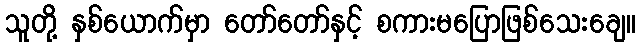
သူတို့ နှစ်ယောက်မှာ တော်တော်နှင့် စကားမပြောဖြစ်သေးချေ။